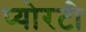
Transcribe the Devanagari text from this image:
प्योरटी